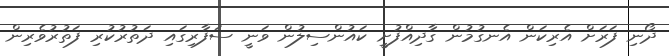
ދޯނި ފަރަށް އެރިކަން އެނގުމުން ގާދިއްފުށީ ކައުންސިލުން ވަނީ ސަފާރިގައި ދަތުރުކުރި ފަތުރުވެރިން